Indian journal of veterinary science and animal husbandry - Volumes 18-21, 1948-1951
Year: 1948
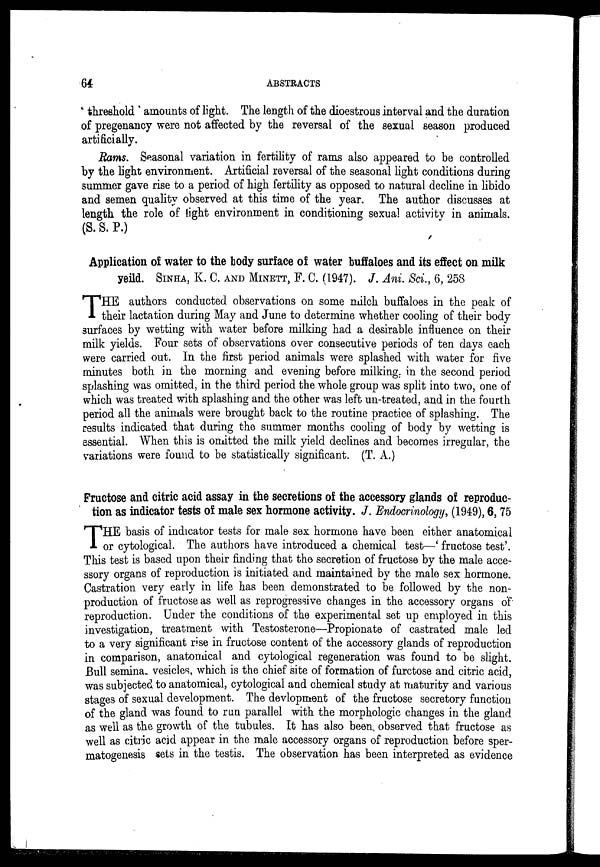
64
ABSTRACTS
threshold amounts of light. The length of the dioestrous interval and the duration
of pregenancy were not affected by the reversal of the sexual season produced
artificially.
Rams. Seasonal variation in fertility of rams also appeared to be controlled
by the light environment. Artificial reversal of the seasonal light conditions during
summer gave rise to a period of high fertility as opposed to natural decline in libido
and semen quality observed at this time of the year. The author discusses at
length the role of light environment in conditioning sexual activity in animals.
(S. S. P.)
Application of water to the body surface of water buffaloes and its effect on milk
yeild. SINHA, K. C. AND MINETT, F. C. (1947). J. Ani. Sci., 6, 258
T HE authors conducted observations on some milch buffaloes in the peak of
their lactation during May and June to determine whether cooling of their body
surfaces by wetting with water before milking had a desirable influence on their
milk yields. Four sets of observations over consecutive periods of ten days each
were carried out. In the first period animals were splashed with water for five
minutes both in the morning and evening before milking, in the second period
splashing was omitted, in the third period the whole group was split into two, one of
which was treated with splashing and the other was left un-treated, and in the fourth
period all the animals were brought back to the routine practice of splashing. The
results indicated that during the summer months cooling of body by wetting is
essential. When this is omitted the milk yield declines and becomes irregular, the
variations were found to be statistically significant. (T. A.)
Fructose and citric acid assay in the secretions of the accessory glands of reproduc-
tion as indicator tests of male sex hormone activity. J. Endocrinology, (1949), 6, 75
T HE basis of indicator tests for male sex hormone have been either anatomical
or cytological. The authors have introduced a chemical test—' fructose test'.
This test is based upon their finding that the secretion of fructose by the male acce-
ssory organs of reproduction is initiated and maintained by the male sex hormone.
Castration very early in life has been demonstrated to be followed by the non-
production of fructose as well as reprogressive changes in the accessory organs of
reproduction. Under the conditions of the experimental set up employed in this
investigation, treatment with Testosterone—Propionate of castrated male led
to a very significant rise in fructose content of the accessory glands of reproduction
in comparison, anatomical and cytological regeneration was found to be slight.
Bull semina. vesicles, which is the chief site of formation of furctose and citric acid,
was subjected to anatomical, cytological and chemical study at maturity and various
stages of sexual development. The devlopment of the fructose secretory function
of the gland was found to run parallel with the morphologic changes in the gland
as well as the growth of the tubules. It has also been, observed that fructose as
well as citric acid appear in the male accessory organs of reproduction before sper-
matogenesis sets in the testis. The observation has been interpreted as evidence